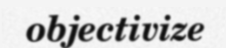
objectivize